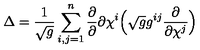
\Delta = \frac { 1 } { \sqrt g } \sum _ { i , j = 1 } ^ { n } \frac { \partial } { \partial } { \partial \chi ^ { i } } \Big ( \sqrt g g ^ { i j } \frac { \partial } { \partial \chi ^ { j } } \Big )